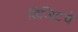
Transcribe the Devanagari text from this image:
डिजिटचे